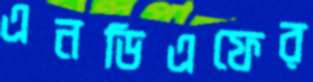
এনডিএফের